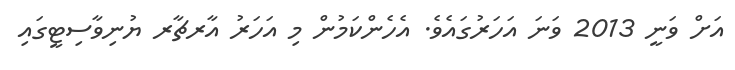
އަށް ވަނީ 2013 ވަނަ އަހަރުގައެވެ. އެހެންކަމުން މި އަހަރު އާރޗާރ ޔުނިވާސިޓީގައި